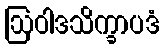
ဩဝါဒသိက္ခာပဒံ